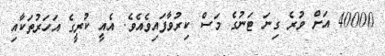
40000 އަށް ވުރެ ގިނަ ޓަނުގެ މަސް ކިރުވާފައިވެއެވެ. އެއީ ކުރީގެ އަހަރުތަކާއި